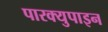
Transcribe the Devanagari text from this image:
पारक्युपाइन